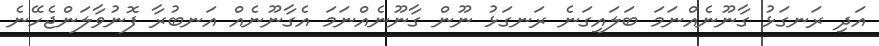
އަދި ރަނގަޅު ގާނޫނެއްނަމަ ބަލައިގަނެ ރަނގަޅު ނޫން ގާނޫނެއްނަމަ އެގާނޫނެއް އަނބުރާ ފޮނުވާލަންޖެހޭނެ